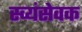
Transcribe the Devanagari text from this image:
स्व्यंसेवक